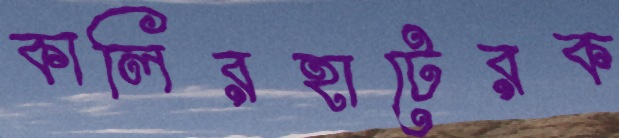
কালিরহাটেরক